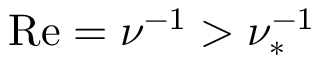
\mathrm { R e } = \nu ^ { - 1 } > \nu _ { * } ^ { - 1 }